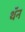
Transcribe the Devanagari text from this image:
थॅन